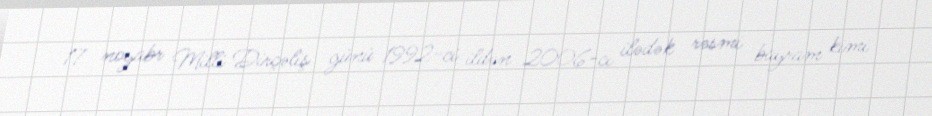
17 noyabr Milli Dirçəliş günü 1992-ci ildən 2006-cı ilədək rəsmi bayram kimi